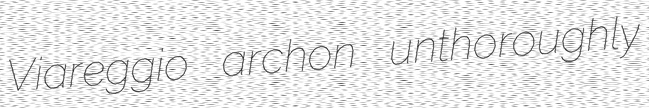
Viareggio archon unthoroughly